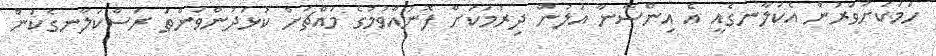
ހަމަކަށަވަރުން އެކަލާނގެއީ އެ އިންސާނާ އަލުން ދިރުމަކަށް ފޮނުއްވުމުގެ މައްޗަށް ކުޅަދުންވަންތަ ރަސްކަލާނގެކަން